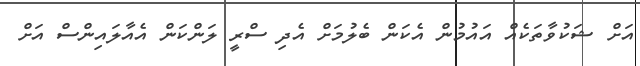
އަށް ޝަކުވާތަކެއް އައުމުން އެކަން ބެލުމަށް އެދި ސްރީ ލަންކަން އެއާލައިންސް އަށް